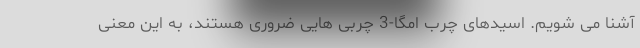
آشنا می شویم. اسیدهای چرب امگا-3 چربی هایی ضروری هستند، به این معنی